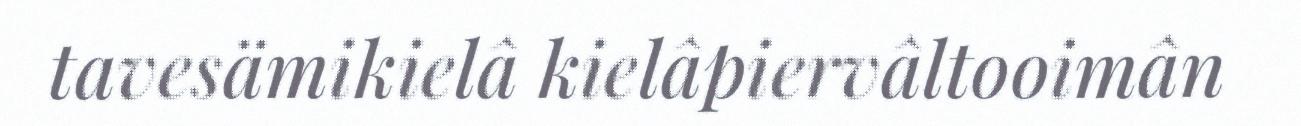
tavesämikielâ kielâpiervâltooimân